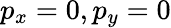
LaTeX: p_{x}=0,p_{y}=0